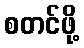
စတင်ဖို့